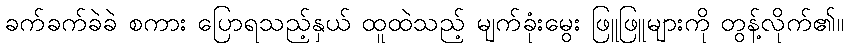
ခက်ခက်ခဲခဲ စကား ပြောရသည့်နှယ် ထူထဲသည့် မျက်ခုံးမွေး ဖြူဖြူများကို တွန့်လိုက်၏။